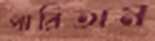
পারিতাম